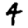
Digit: 4